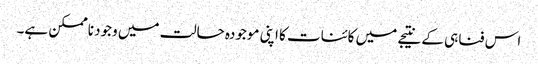
اس فناہی کے نتیجے میں کائنات کا اپنی موجودہ حالت میں وجود ناممکن ہے۔